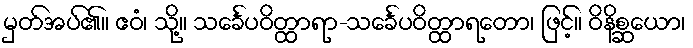
မှတ်အပ်၏။ ဧဝံ၊ သို့။ သင်္ခေပဝိတ္ထာရာ-သင်္ခေပဝိတ္ထာရတော၊ ဖြင့်။ ဝိနိစ္ဆယော၊